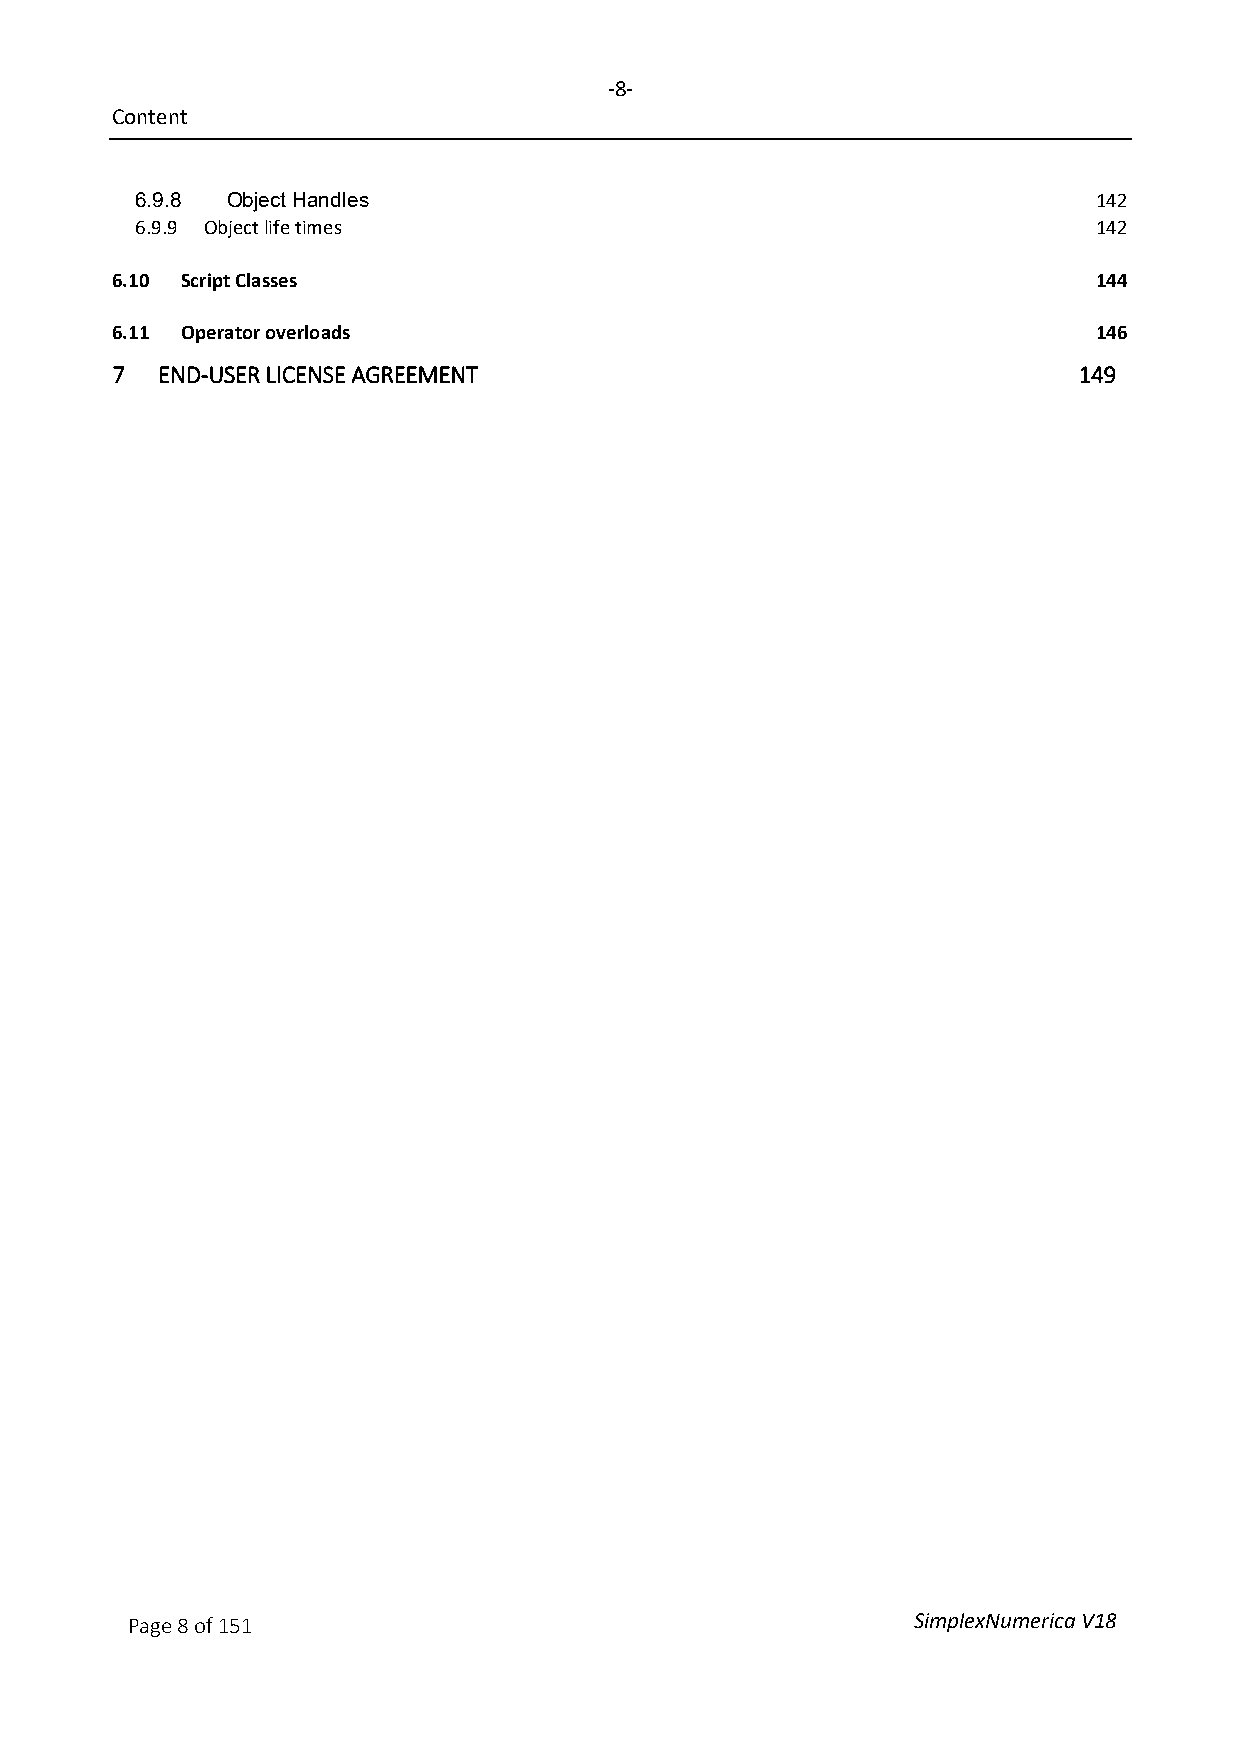
-8-
 Content
 6.9.8 Object Handles                                            142
 6.9.9 Object life times                                         142
 6.10 Script Classes                                               144
 6.11 Operator overloads                                           146
 7  END-USER LICENSE AGREEMENT                                   149
 Page 8 of 151                                       SimplexNumerica V18